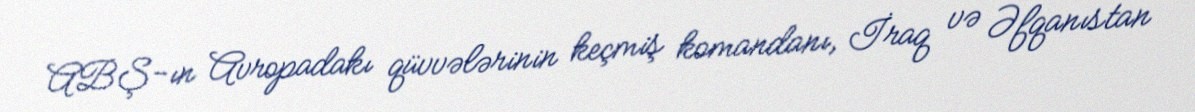
ABŞ-ın Avropadakı qüvvələrinin keçmiş komandanı, İraq və Əfqanıstan